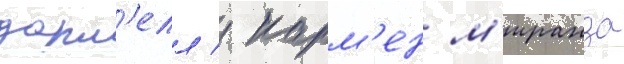
дарн'елл / карм'ен м'иранда